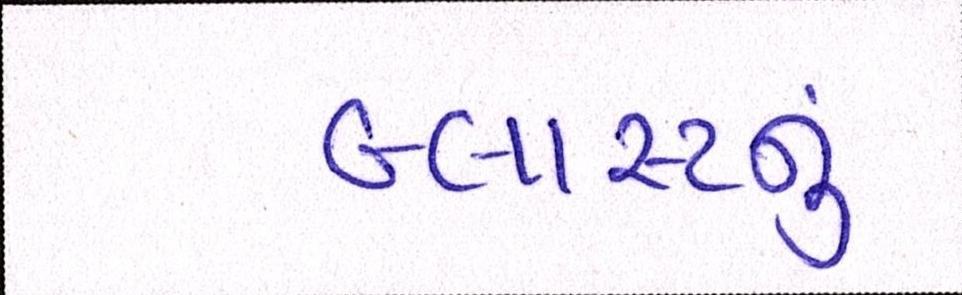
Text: બ્લાસ્ટનું